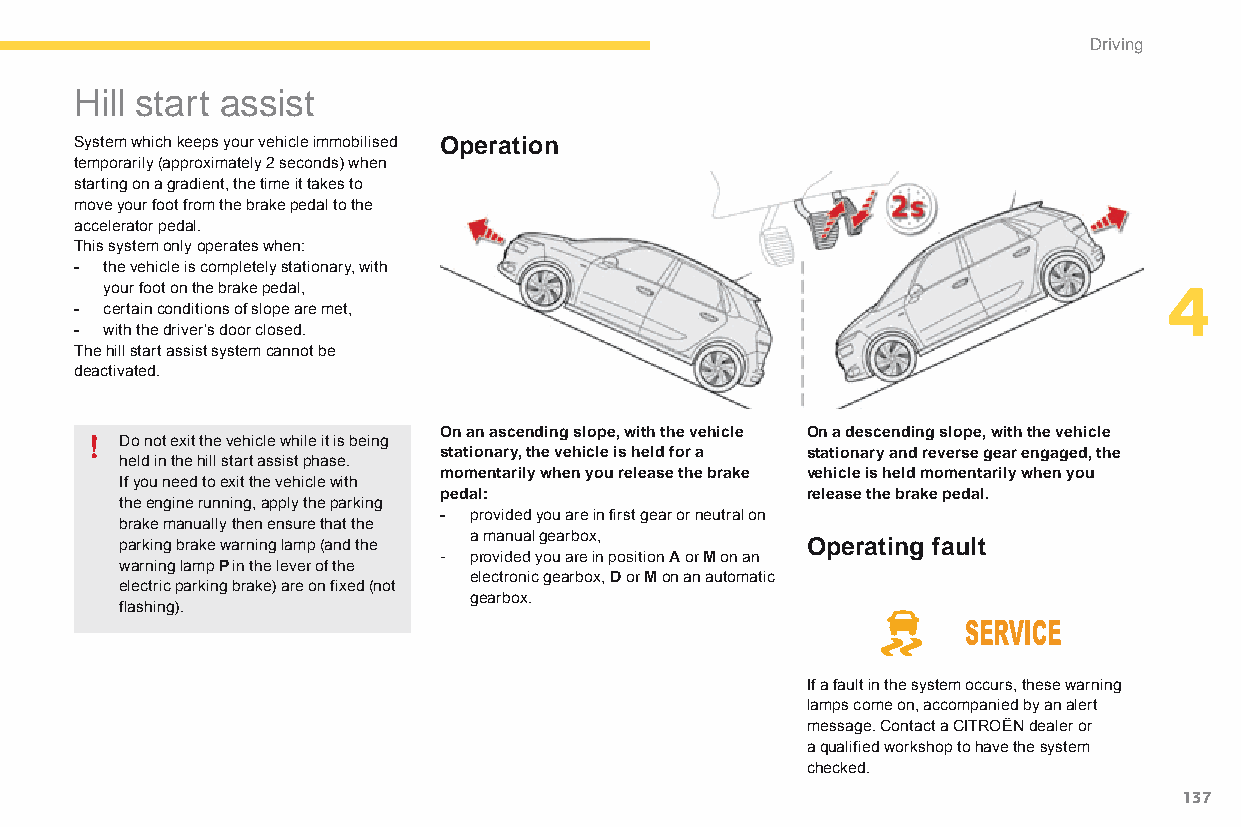
Driving
 Hill start assist
 System which keeps your vehicle immobilised Operation
 temporarily (approximately 2 seconds) when
 starting on a gradient, the time it takes to
 move your foot from the brake pedal to the
 accelerator pedal.
 This system only operates when:
 - the vehicle is completely stationary, with
 your foot on the brake pedal,                                         4
 - certain conditions of slope are met,
 - with the driver’s door closed.
 The hill start assist system cannot be
 deactivated.
 On an ascending slope, with the vehicle On a descending slope, with the vehicle
 Do not exit the vehicle while it is being
 stationary, the vehicle is held for a stationary and reverse gear engaged, the
 held in the hill start assist phase.
 momentarily when you release the brake vehicle is held momentarily when you
 If you need to exit the vehicle with
 pedal:                  release the brake pedal.
 the engine running, apply the parking
 - provided you are in first gear or neutral on
 brake manually then ensure that the
 a manual gearbox,
 parking brake warning lamp (and the          Operating fault
 - provided you are in position A or M on an
 warning lamp P in the lever of the
 electronic gearbox, D or M on an automatic
 electric parking brake) are on fixed (not
 gearbox.
 flashing).
 If a fault in the system occurs, these warning
 lamps come on, accompanied by an alert
 message. Contact a CITROËN dealer or
 a qualified workshop to have the system
 checked.
 137
 C4-Picasso-II_en_Chap04_conduite_ed01-2015